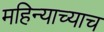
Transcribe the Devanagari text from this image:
महिन्याच्याच